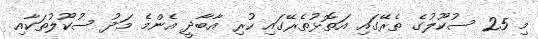
މި 25 ސުކޫލުގެ ތެރޭގައި އަތޮޅުތެރޭގައި ހުރި އާބާދީ އެންމެ މަދު ސުކޫލުތަކާއި